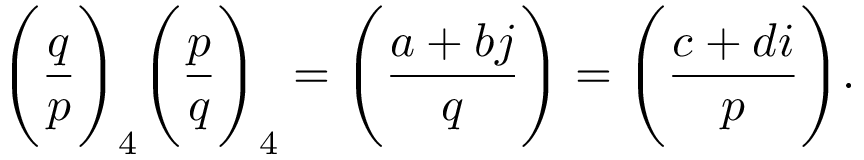
{ \Bigg ( } { \frac { q } { p } } { \Bigg ) } _ { 4 } { \Bigg ( } { \frac { p } { q } } { \Bigg ) } _ { 4 } = { \Bigg ( } { \frac { a + b j } { q } } { \Bigg ) } = { \Bigg ( } { \frac { c + d i } { p } } { \Bigg ) } .